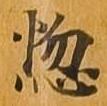
悩